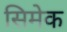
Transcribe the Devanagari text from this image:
सिमेक